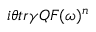
i \theta t r \gamma Q { \cal F } ( \omega ) ^ { n }